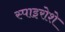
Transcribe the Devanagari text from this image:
स्पाइरोशे